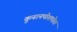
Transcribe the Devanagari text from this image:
कुनानपोशपोरा